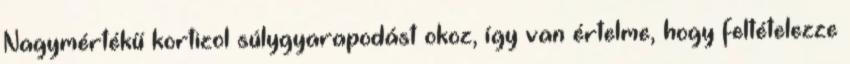
Nagymértékű kortizol súlygyarapodást okoz, így van értelme, hogy feltételezze